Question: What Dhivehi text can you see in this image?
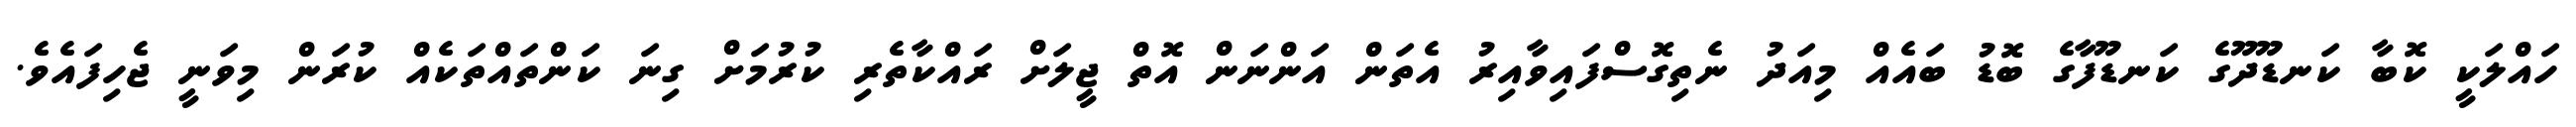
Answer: ހައްލަކީ ކޮބާ ކަނޑޫދޫގެ ކަނޑޫފާގެ ބޮޑު ބައެއް މިއަދު ނެތިގޮސްފައިވާއިރު އެތަން އަންނަން އޮތް ޖީލަށް ރައްކާތެރި ކުރުމަށް ގިނަ ކަންތައްތަކެއް ކުރަން މިވަނީ ޖެހިފައެވެ.